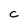
Character: C